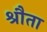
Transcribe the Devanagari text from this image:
श्रौता